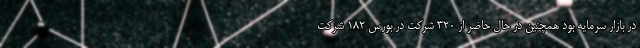
در بازار سرمایه بود همچنین در حال حاضر از 320 شرکت در بورس 182 شرکت